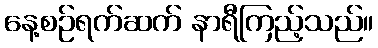
နေ့စဉ်ရက်ဆက် နာရီကြည့်သည်။